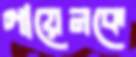
গায়েনকে